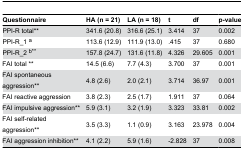
<table><thead><tr><td><b>Questionnaire</b></td><td><b>HA (n = 21)</b></td><td><b>LA (n = 18)</b></td><td><b>t</b></td><td><b>df</b></td><td><b>p-value</b></td></tr></thead><tbody><tr><td>PPI-R total**</td><td>341.6 (20.8)</td><td>316.6 (25.1)</td><td>3.414</td><td>37</td><td>0.002</td></tr><tr><td>PPI-R_1 <sup>a</sup></td><td>113.6 (12.9)</td><td>111.9 (13.0)</td><td>.415</td><td>37</td><td>0.680</td></tr><tr><td>PPI-R_2 <sup>b**</sup></td><td>157.8 (24.7)</td><td>131.6 (11.8)</td><td>4.326</td><td>29.605</td><td>0.001</td></tr><tr><td>FAI total **</td><td>14.5 (6.6)</td><td>7.7 (4.3)</td><td>3.700</td><td>37</td><td>0.001</td></tr><tr><td>FAI spontaneous aggression**</td><td>4.8 (2.6)</td><td>2.0 (2.1)</td><td>3.714</td><td>36.97</td><td>0.001</td></tr><tr><td>FAI reactive aggression </td><td>3.8 (2.3)</td><td>2.5 (1.7)</td><td>1.911</td><td>37</td><td>0.064</td></tr><tr><td>FAI impulsive aggression**</td><td>5.9 (3.1)</td><td>3.2 (1.9)</td><td>3.323</td><td>33.81</td><td>0.002</td></tr><tr><td>FAI self-related aggression**</td><td>3.5 (3.3)</td><td>1.1 (0.9)</td><td>3.163</td><td>23.978</td><td>0.004</td></tr><tr><td>FAI aggression inhibition**</td><td>4.1 (2.2)</td><td>5.9 (1.6)</td><td>-2.828</td><td>37</td><td>0.008</td></tr></tbody></table>